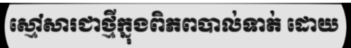
ស្មៅសារជាថ្មីក្នុងពិភពបាល់ទាត់ ដោយ